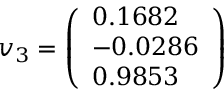
v _ { 3 } = { \left( \begin{array} { l } { 0 . 1 6 8 2 } \\ { - 0 . 0 2 8 6 } \\ { 0 . 9 8 5 3 } \end{array} \right) }